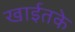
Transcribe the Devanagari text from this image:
खाईतके